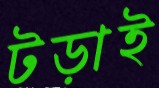
টড়াই